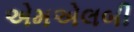
એમએલબી